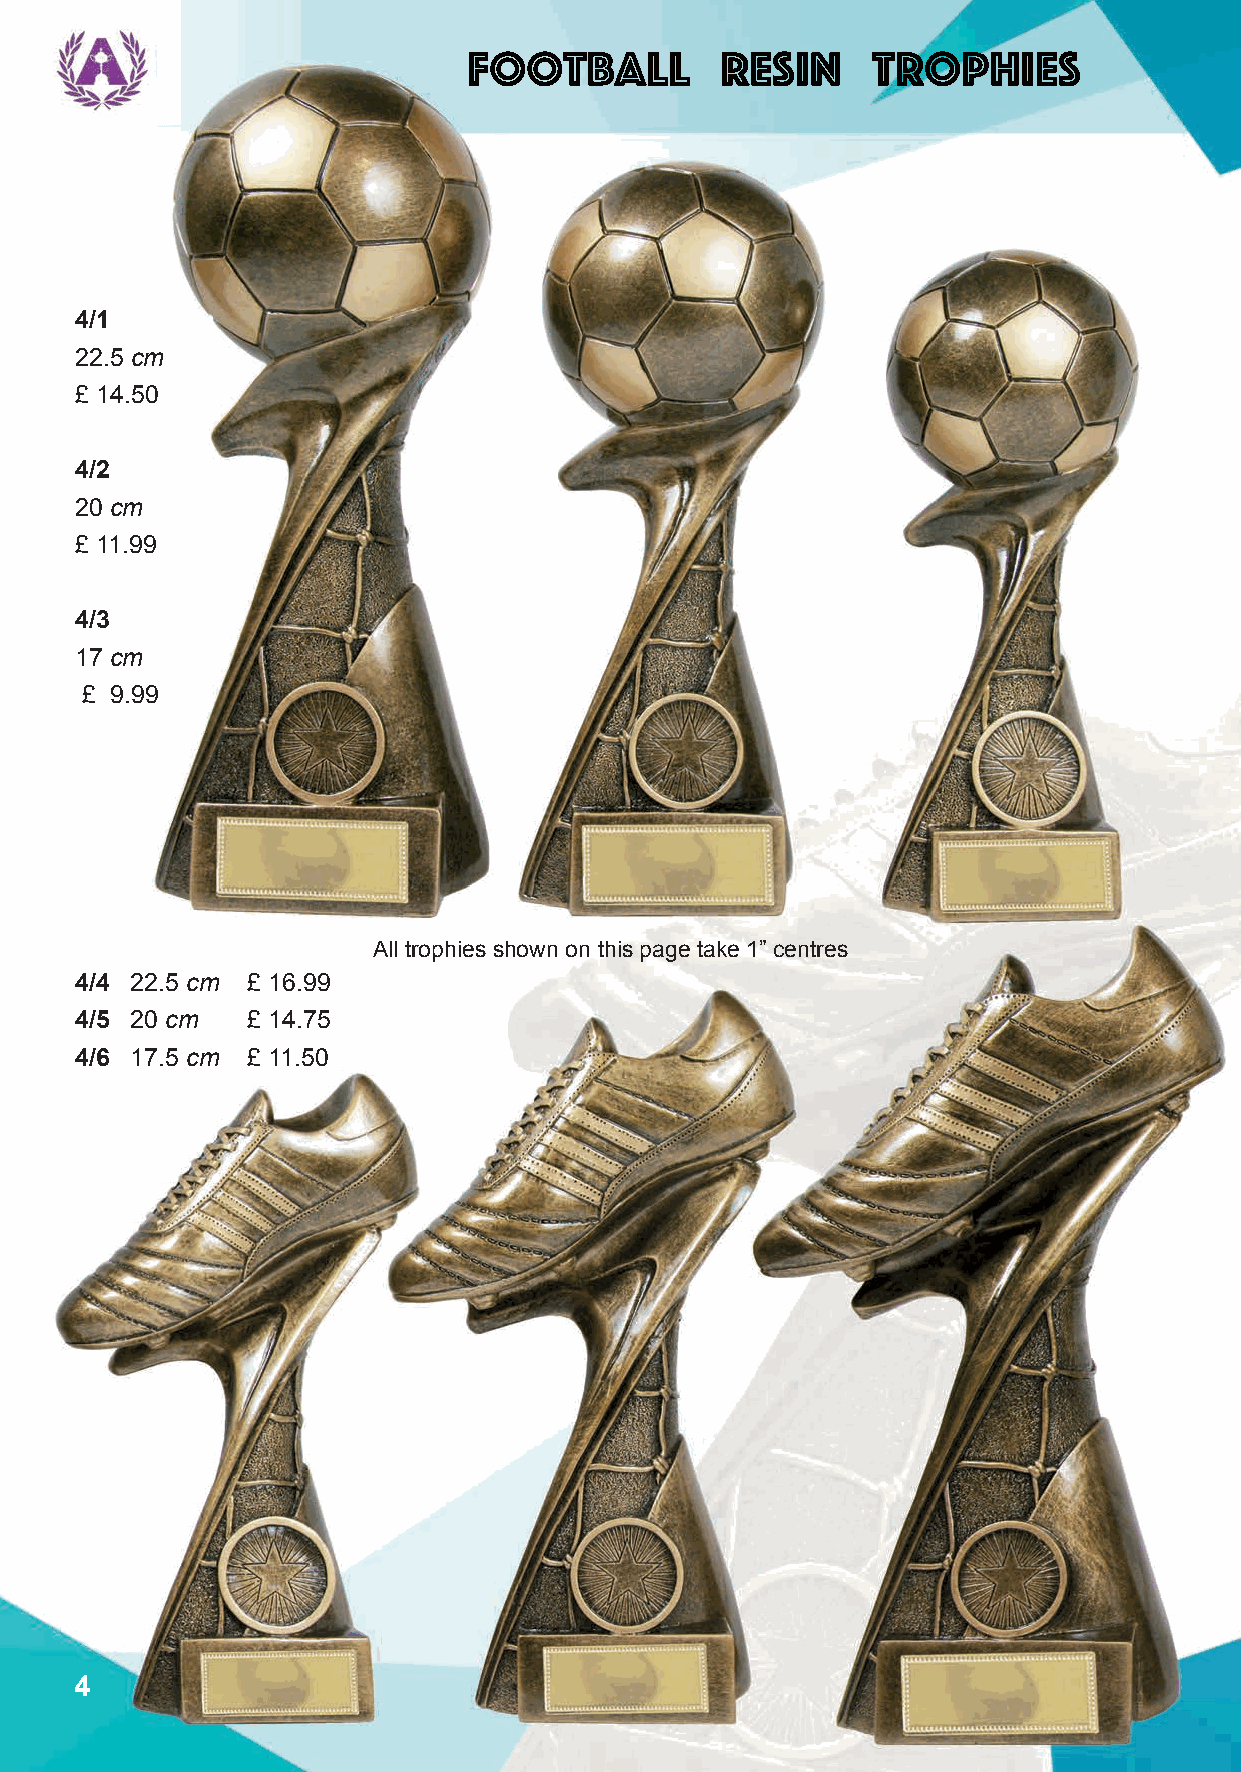
Football         Resin     Trophies
 4/1
 22.5 cm
 £ 14.50
 4/2
 20 cm
 £ 11.99
 4/3
 17 cm
 £ 9.99
 All trophies shown on this page take 1” centres
 4/4 22.5 cm £ 16.99
 4/5 20 cm  £ 14.75
 4/6 17.5 cm £ 11.50
 4